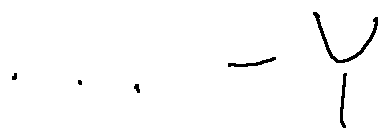
\cdots - Y